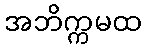
အဘိက္ကမထ